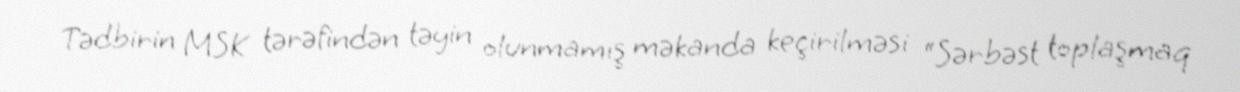
Tədbirin MSK tərəfindən təyin olunmamış məkanda keçirilməsi “Sərbəst toplaşmaq